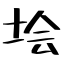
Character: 𡋗